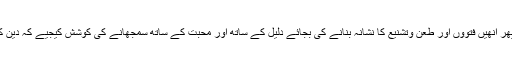
جو وہ محسوس کرتے ہیں، اس کے اظہار کا انھیں حق دیجیے اور پھر انھیں فتووں اور طعن وتشنیع کا نشانہ بنانے کی بجائے دلیل کے ساتھ اور محبت کے ساتھ سمجھانے کی کوشش کیجیے کہ دین کے ساتھ ساتھ اخلاقیات اور معروضی حالات کا بھی یہی تقاضا ہے۔